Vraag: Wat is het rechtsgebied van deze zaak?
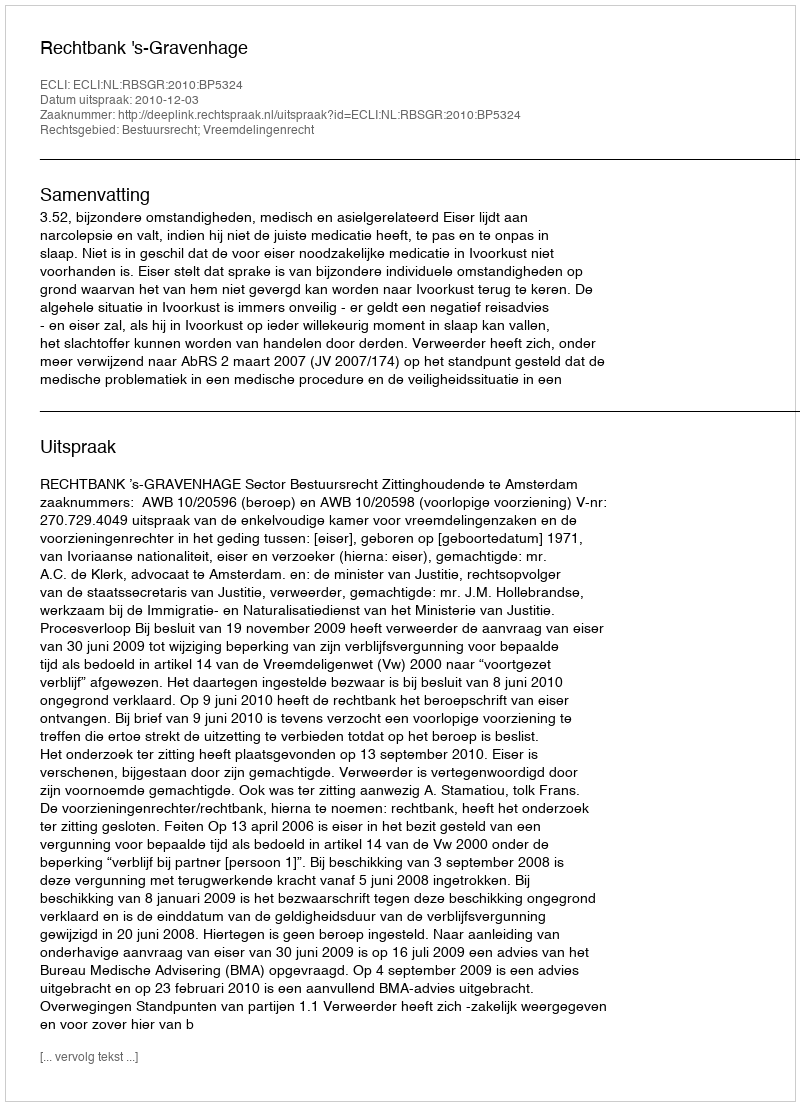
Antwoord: Bestuursrecht; Vreemdelingenrecht